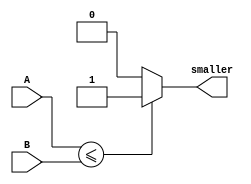
`timescale 1ns / 1ps
//////////////////////////////////////////////////////////////////////////////////
// Company: 
// Engineer: 
// 
// Design Name: 
// Module Name: compare
// Project Name: 
// Target Devices: 
// Tool Versions: 
// Description: 
// 
// Dependencies: 
// 
// Revision:
// Revision 0.01 - File Created
// Additional Comments:
// 
//////////////////////////////////////////////////////////////////////////////////


module comparator(input [3:0]A, input [3:0] B ,output reg smaller);

always@(A,B)
begin
    if(A[3:0] <= B[3:0])
        smaller = 1'b1;
    else
        smaller = 1'b0;
end
endmodule